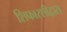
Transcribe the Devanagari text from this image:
शिफारशीद्वारा